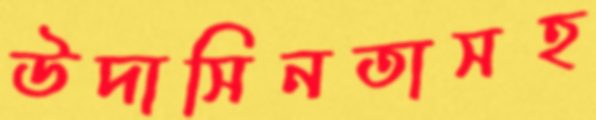
উদাসিনতাসহ